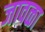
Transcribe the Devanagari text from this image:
जावळा